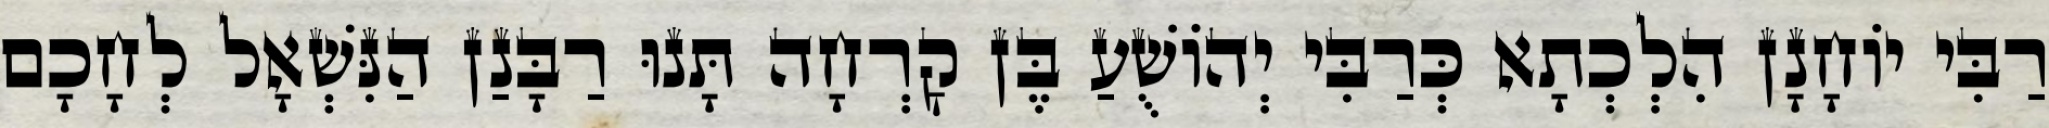
רַבִּי יוֹחָנָן הִלְכְתָא כְּרַבִּי יְהוֹשֻׁעַ בֶּן קׇרְחָה תָּנוּ רַבָּנַן הַנִּשְׁאָל לְחָכָם